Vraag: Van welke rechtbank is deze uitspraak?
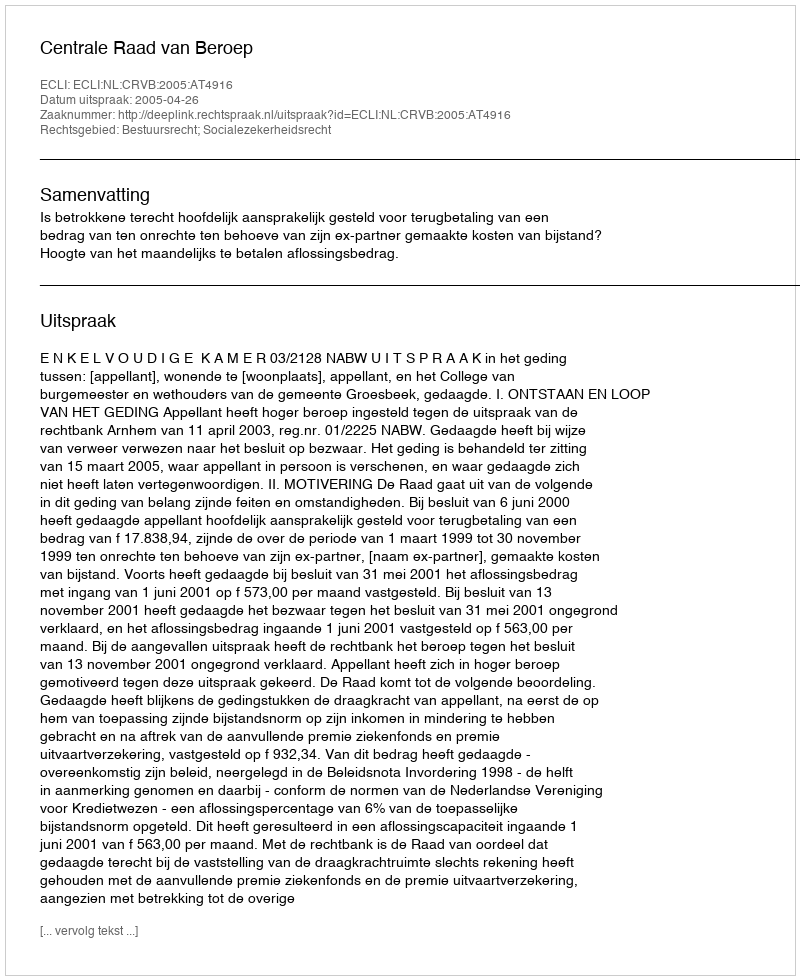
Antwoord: Centrale Raad van Beroep